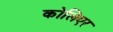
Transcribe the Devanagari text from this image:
कोलिएर